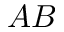
A B